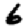
Digit: 6